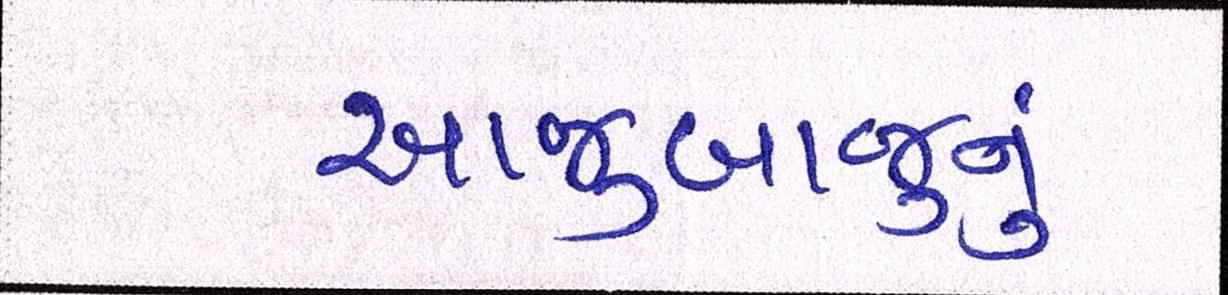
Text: આજુબાજુનું